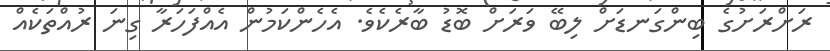
ރަށްރަށުގެ ބިންގަނޑަށް ލިބޭ ވަރަށް ބޮޑު ބާރެކެވެ. އެހެންކަމުން އެއްފަހަރާ ގިނަ ރުއްތަކެއް